Medical and sanitary report of the native army of Bengal for the year
Year: 1877
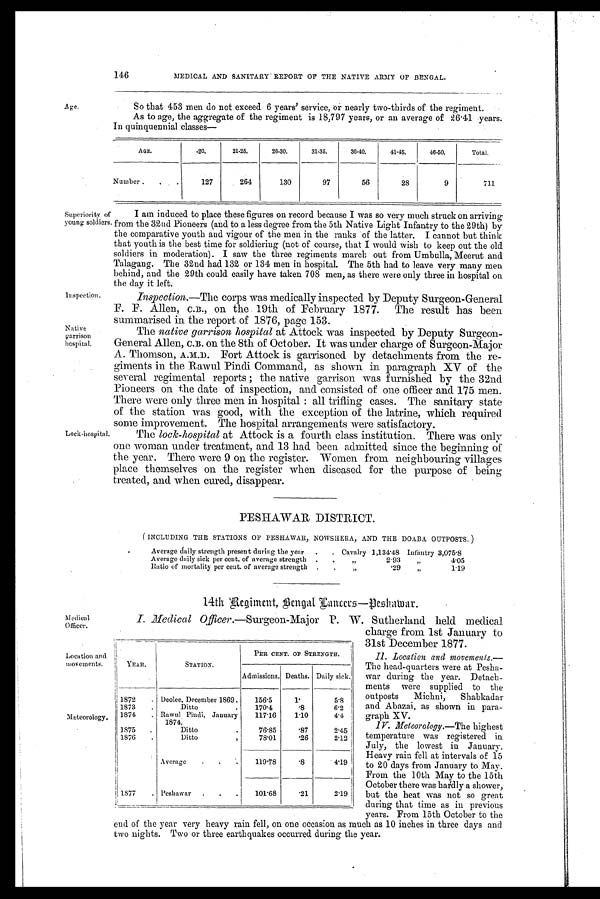
Age.
146
MEDICAL AND SANITARY REPORT OF THE NATIVE ARMY OF BENGAL.
So that 453 men do not exceed 6 years' service, or nearly two-thirds of the
regiment.
As to age, the aggregate of the regiment is 18,797 years, or an average of 26.41 years.
In quinquennial classes—
AGE.
-20.
21-25.
26-30.
31-35.
36-40.
41-45.
46-50.
Total.
Number .
.
.
127
264
130
97
56
28
9
711
Superiority of
young soldiers.
Inspection.
Native
garrison
hospital.
Lock-hospital.
Medical
Officer.
Location ant
movements.
Meteorology.
I am induced to place these figures on record because I was so very much struck on arriving
from the 32nd Pioneers (and to a less deree from the 5th Native Light Infantry to the 29th) by
the comparative youth and vigour of the men in the ranks of the latter. I cannot but think
that youth is the best time for soldiering (not of course, that I would wish to keep out the old
soldiers in moderation). I saw the three regiments march out from Umbulla, Meerut and
Talagang. The 32nd had 132 or 134 men in hospital. The 5th had to leave very many men
behind, and the 29th could easily have taken 708 men, as there were only three in hospital on
the day it left.
Inspection.—The corps was medically inspected by Deputy Surgeon-General
F. F. Allen, C.B., on the 19th of February 1877. The result has been
summarised in the report of 1876, page 153.
The native garrison hospital at Attock was inspected by Deputy Surgeon-
General Allen, C.B. on the 8th of October. It was under charge of Surgeon-Major
A. Thomson, A.M.D. Fort Attock is garrisoned by detachments from the re-
giments in the Rawul Pindi Command, as shown in paragraph XV of the
several regimental reports ; the native garrison was furnished by the 32nd
Pioneers on the date of inspection, and consisted of one officer and 175 men.
There were only three men in hospital : all trifling cases. The sanitary state
of the station was good, with the exception of the latrine, which required
some improvement. The hospital arrangements were satisfactory.
The lock-hospital at Attock is a fourth class institution. There was only
one woman under treatment, and 13 had been admitted since the beginning of
the year. There were 9 on the register. Women from neighbouring villages
place themselves on the register when diseased for the purpose of being
treated, and when cured, disappear.
PESHAWAR DISTRICT.
( INCLUDING THE STATIONS OF PESHAWAR, NOWSHERA, AND THE DOABA OUTPOSTS. )
Average daily strength present during the year
.
. Cavalry 1,134.48 Infantry 3,075.8
Average daily sick per cent. of average strength .
.
„
2.93
„
4.05
Ratio of mortality per cent. of average strength .
.
„
.29
„
1.19
14th
Regiment, Bengal Cancers—Peshawar.
I. Medical Officer.—Surgeon-Major P. W. Sutherland held medical
charge from 1st January to
• 31st December 1877.
II. Location and movements.—
The head-quarters were at Pesha-
war during the year. Detach-
ments were supplied to the
outposts Michni, Shabkadar
and Abazai, as shown in para-
graph XV.
IV. Meteorology.—The highest
temperature was registered in
July, the lowest in January.
Heavy rain fell at intervals of 15
to 20 days from January to May.
From the 10th May to the 15th
October there was hardlŕ y a s h o w e r ,
but the heat was not so great
during that time as in previous
years. From 15th October to the
end of the year very heavy rain fell, on one occasion as much as 10 inches in three days and
two nights. Two or three earthquakes occurred during the year.
YEAR.
STATION.
PER CENT. OF STRENGTH.
Admissions. Deaths. Daily sick.
1872
. Deolee, December 1869.
156.5
1.
5.8
1873
.
Ditto
.
170.4
. 8 6.2
1871
. Rawul Pindi, January
117.16
1.10
4.4
1874.
1875
.
Ditto
76.85
. 8 7 2.45
1876
.
Ditto
78.01
. 2 6 2.12
.
Average
.
.
.
119.78
.
4.19
1877
. Peshawar
.
.
. 101.68
. 2 1 2.19